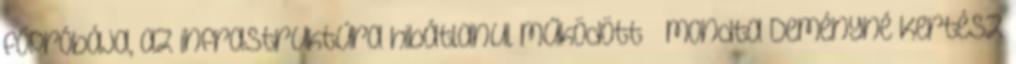
főpróbája, az infrastruktúra hibátlanul működött – mondta Deményné Kertész